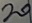
Text: 20